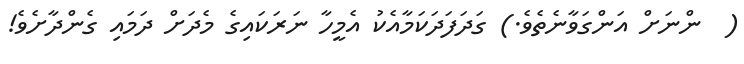
(  ންނަށް އަންގަވާނެތެވެ.) ގަދަފަދަކަމާއެކު އެމީހާ ނަރަކައިގެ މެދަށް ދަމައި ގެންދާށެވެ!